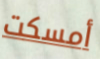
أمسكت